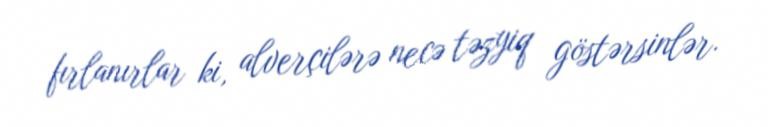
fırlanırlar ki, alverçilərə necə təzyiq göstərsinlər.